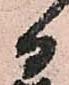
日